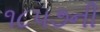
૧૮૫૭ની